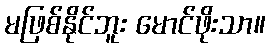
မဖြစ်နိုင်ဘူး မောင်ဖိုးသာ။